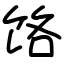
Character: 饹